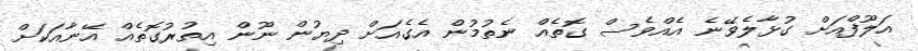
އަލޫފްއަށް ގުޅާލެވޭނެ އެއްވެސް ގޮތެއް ނެތުމުން އެގެއަށް ދިޔުން ނޫން އިތުރުގޮތެއް އޭނާއަކަށް